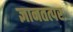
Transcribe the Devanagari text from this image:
ज्ञानतत्परः